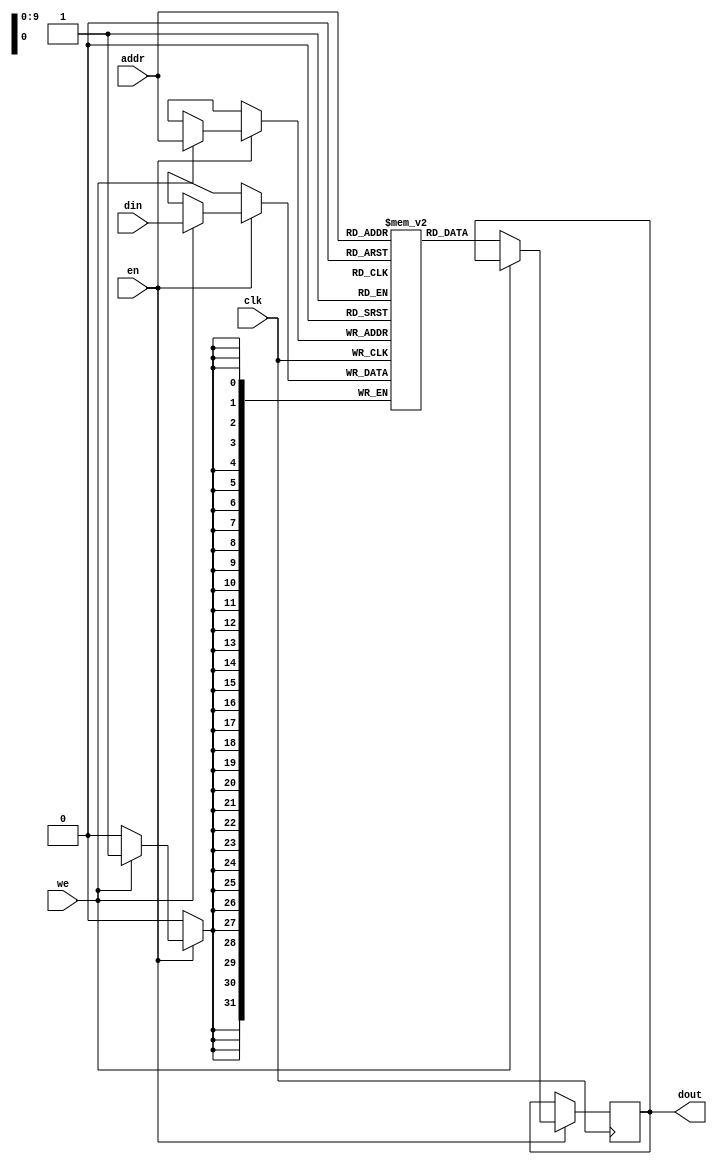
module iob_sp_ram 
   (
    input                     clk,
    input                     en, 
    input                     we, 
    input [(ADDR_W-1):0]      addr,
    output reg [(DATA_W-1):0] dout,
    input [(DATA_W-1):0]      din
    );

   //this allows ISE 14.7 to work; do not remove
  //  parameter mem_init_file_int = FILE;
    parameter DATA_W=32;
    parameter ADDR_W=10;

   // Declare the RAM
   reg [DATA_W-1:0] 	      ram[1023:0];

   // Initialize the RAM
  //  initial 
  //    if(mem_init_file_int != "none")
  //      $readmemh(mem_init_file_int, ram, 0, 1023);

   // Operate the RAM
   always @ (posedge clk)
     if(en)
       if (we)
         ram[addr] <= din;
       else
         dout <= ram[addr];

endmodule